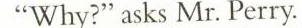
“Why?" asks Mr. Perry.